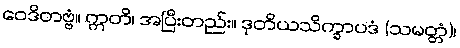
ဝေဒိတဗ္ဗံ။ ဣတိ၊ အပြီးတည်း။ ဒုတိယသိက္ခာပဒံ (သမတ္တံ)၊